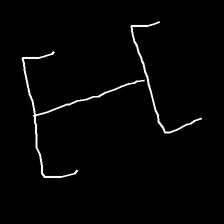
Glyph: entwine